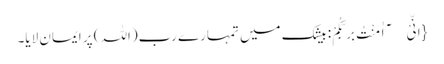
{اِنِّیْۤ اٰمَنْتُ بِرَبِّکُمْ: بیشک میں تمہارے رب(اللہ) پر ایمان لایا۔